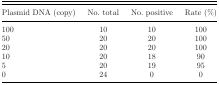
<table><thead><tr><td><b>Plasmid DNA (copy)</b></td><td><b>No. total</b></td><td><b>No. positive</b></td><td><b>Rate (%)</b></td></tr></thead><tbody><tr><td>100</td><td>10</td><td>10</td><td>100</td></tr><tr><td>50</td><td>20</td><td>20</td><td>100</td></tr><tr><td>20</td><td>20</td><td>20</td><td>100</td></tr><tr><td>10</td><td>20</td><td>18</td><td>90</td></tr><tr><td>5</td><td>20</td><td>19</td><td>95</td></tr><tr><td>0</td><td>24</td><td>0</td><td>0</td></tr></tbody></table>